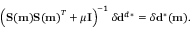
\left( \mathbf { S ( m ) } \mathbf { S ( m ) } ^ { T } + \mu \mathbf { I } \right) ^ { - 1 } \delta \mathbf { d } ^ { d * } = \delta \mathbf { d } ^ { * } ( \mathbf { m } ) .